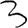
Digit: 3